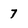
Character: 7